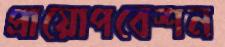
প্রায়োপবেশন